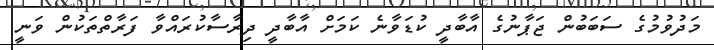
މަދުވުމުގެ ސަބަބުން ޖަޕާނުގެ އާބާދީ ކުޑަވާނެ ކަމަށް އާބާދީ ދިރާސާކުރައްވާ ފަރާތްތަކުން ވަނީ